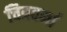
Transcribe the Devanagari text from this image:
चित्रवर्मा